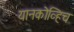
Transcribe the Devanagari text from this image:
यानकोव्हिच